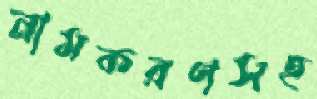
নামকরণসহ